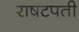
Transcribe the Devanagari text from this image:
राषटपती